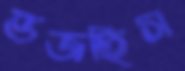
ভজছিস